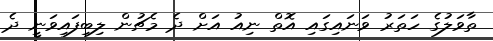
ތާވަލުގެ ހަތަރު ވަނައިގައި އޮތް ނިއު އަށް ދެ މެޗުން ލިބިފައިވަނީ ދެ